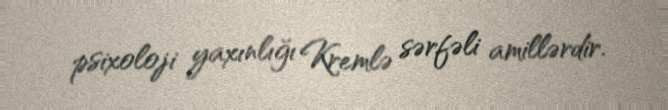
psixoloji yaxınlığı Kremlə sərfəli amillərdir.